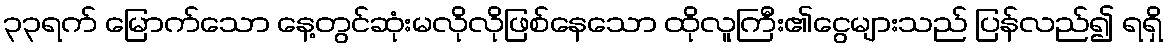
၃၃ရက် မြောက်သော နေ့တွင်ဆုံးမလိုလိုဖြစ်နေသော ထိုလူကြီး၏ငွေများသည် ပြန်လည်၍ ရရှိ